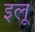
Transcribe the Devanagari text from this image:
इलू